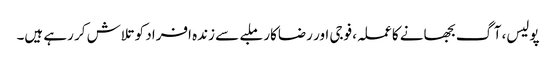
پولیس، آگ بجھانے کا عملہ، فوجی اور رضاکار ملبے سے زندہ افراد کو تلاش کر رہے ہیں۔